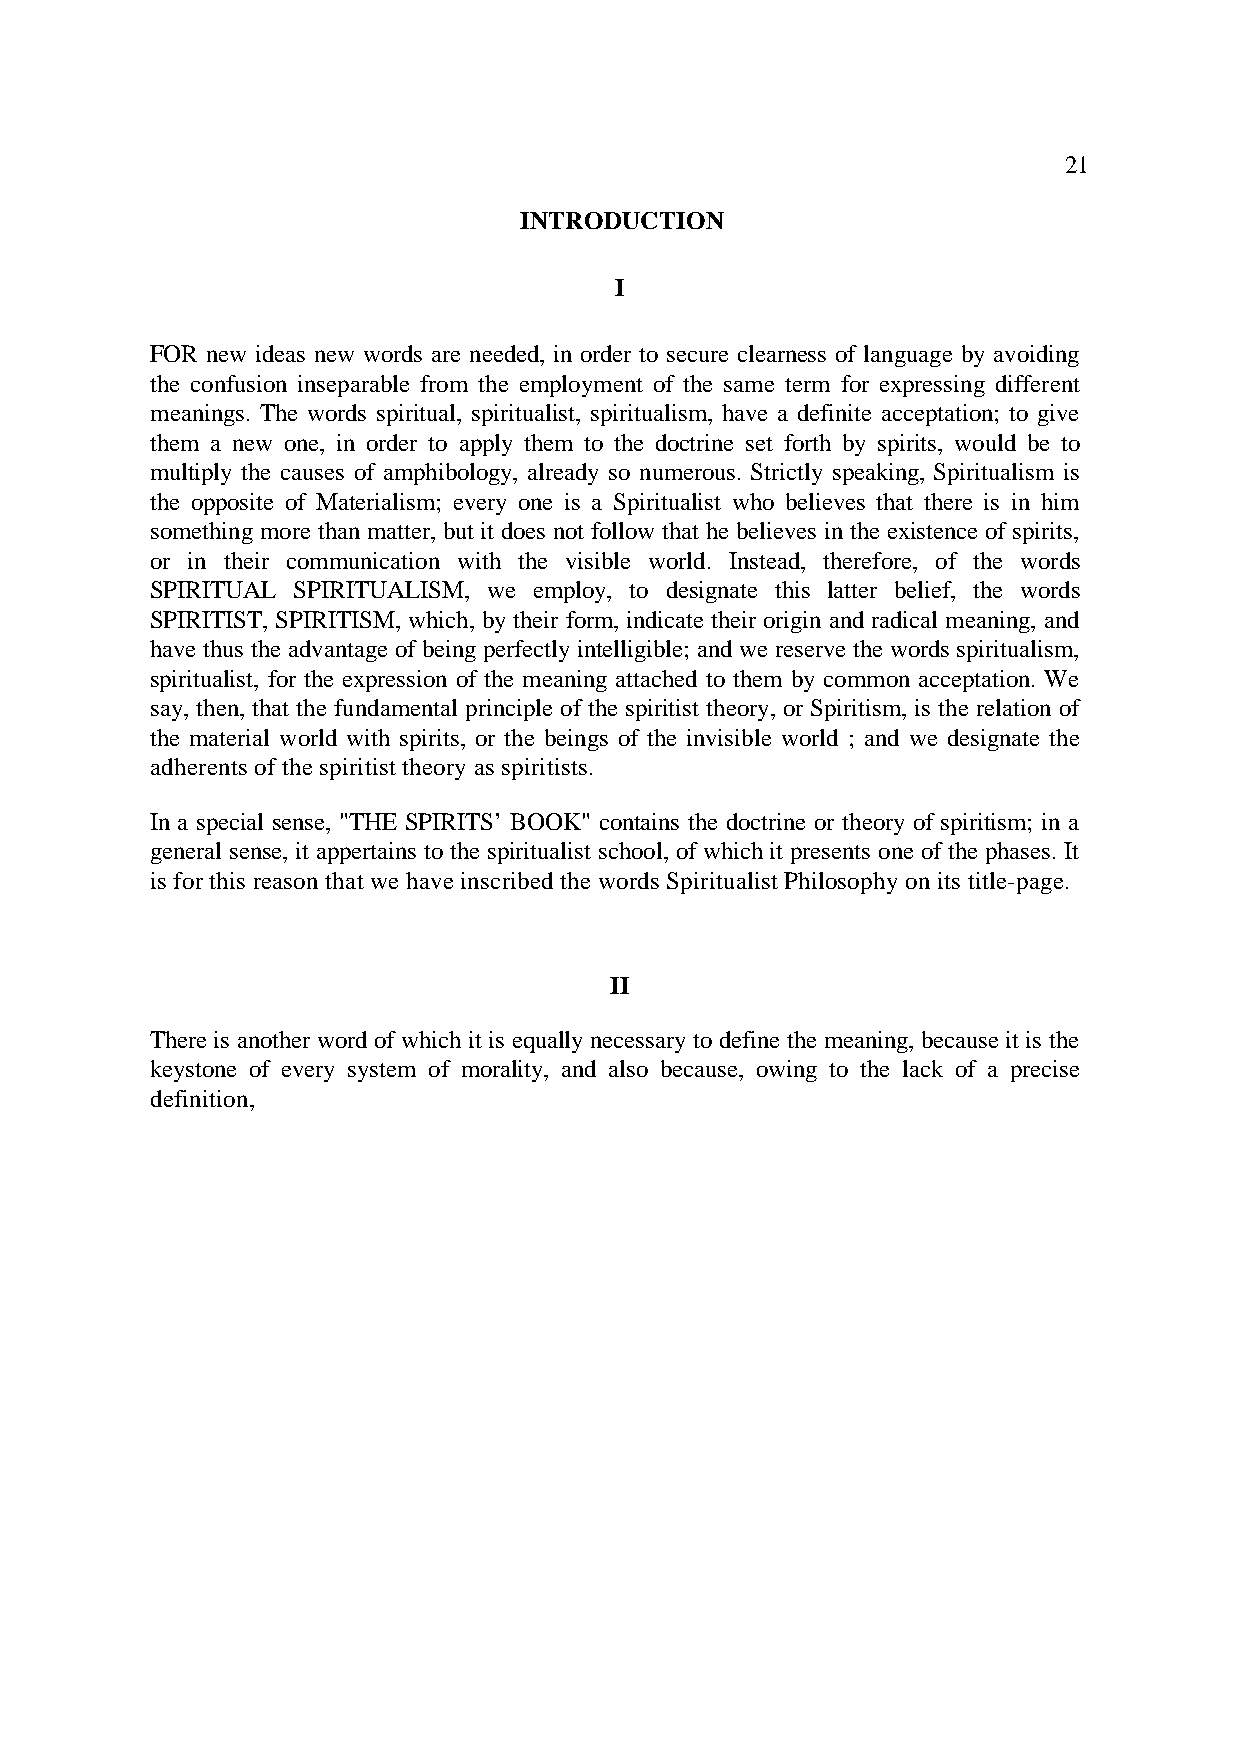
21
 INTRODUCTION
 I
 FOR new ideas new words are needed, in order to secure clearness of language by avoiding
 the confusion inseparable from the employment of the same term for expressing different
 meanings. The words spiritual, spiritualist, spiritualism, have a definite acceptation; to give
 them a new one, in order to apply them to the doctrine set forth by spirits, would be to
 multiply the causes of amphibology, already so numerous. Strictly speaking, Spiritualism is
 the opposite of Materialism; every one is a Spiritualist who believes that there is in him
 something more than matter, but it does not follow that he believes in the existence of spirits,
 or in their communication with the visible world. Instead, therefore, of the words
 SPIRITUAL SPIRITUALISM, we employ, to designate this latter belief, the words
 SPIRITIST, SPIRITISM, which, by their form, indicate their origin and radical meaning, and
 have thus the advantage of being perfectly intelligible; and we reserve the words spiritualism,
 spiritualist, for the expression of the meaning attached to them by common acceptation. We
 say, then, that the fundamental principle of the spiritist theory, or Spiritism, is the relation of
 the material world with spirits, or the beings of the invisible world ; and we designate the
 adherents of the spiritist theory as spiritists.
 In a special sense, "THE SPIRITS’ BOOK" contains the doctrine or theory of spiritism; in a
 general sense, it appertains to the spiritualist school, of which it presents one of the phases. It
 is for this reason that we have inscribed the words Spiritualist Philosophy on its title-page.
 II
 There is another word of which it is equally necessary to define the meaning, because it is the
 keystone of every system of morality, and also because, owing to the lack of a precise
 definition,